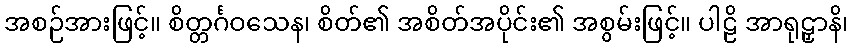
အစဉ်အားဖြင့်။ စိတ္တင်္ဂဝသေန၊ စိတ်၏ အစိတ်အပိုင်း၏ အစွမ်းဖြင့်။ ပါဠိ အာရုဠှာနိ၊